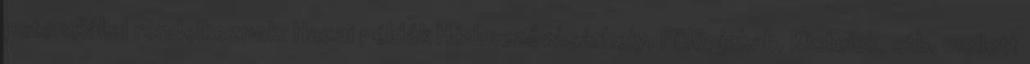
potenciállal rendelkeznek: Hazai példák Hódmezővásárhely, Fülöpjakab, Kistelek, stb. mellett